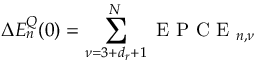
\Delta E _ { n } ^ { Q } ( 0 ) = \sum _ { \nu = 3 + d _ { r } + 1 } ^ { N } \mathrm { ~ E ~ P ~ C ~ E ~ } _ { n , \nu }